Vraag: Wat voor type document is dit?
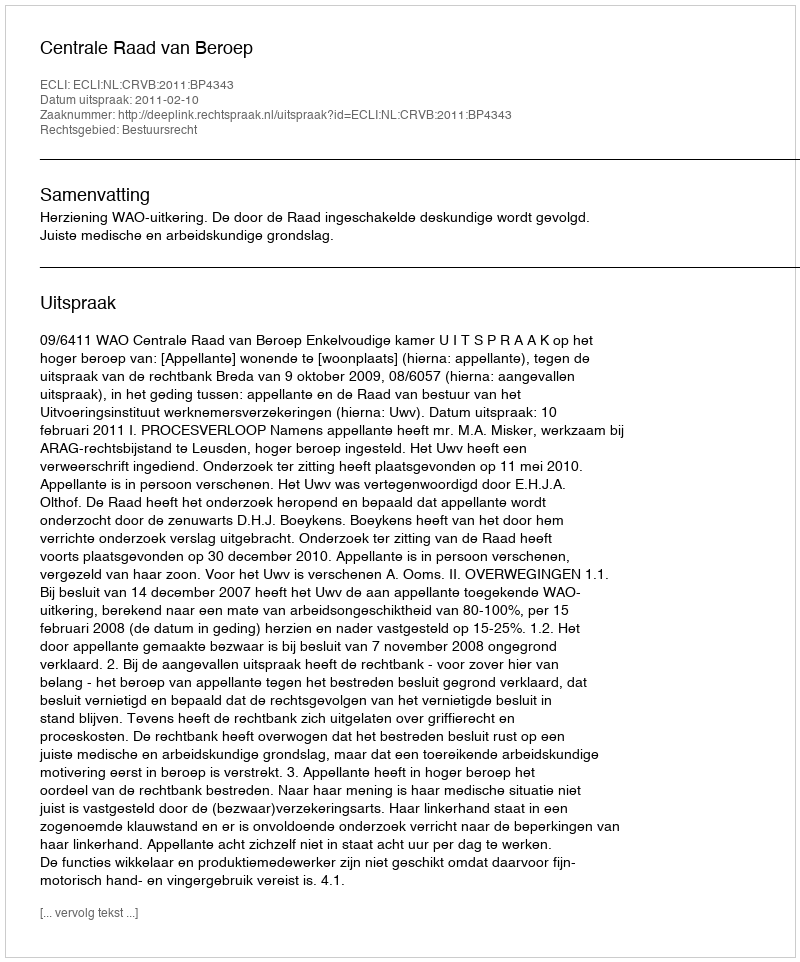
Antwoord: Uitspraak